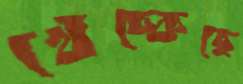
খেঁচ্‌কেছে